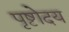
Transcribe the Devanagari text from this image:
पृष्टोदय